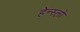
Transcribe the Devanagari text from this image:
हेन्स्लो